Civil Veterinary Department Bengal reports 1923-33 - 1923-1933
Year: 1923
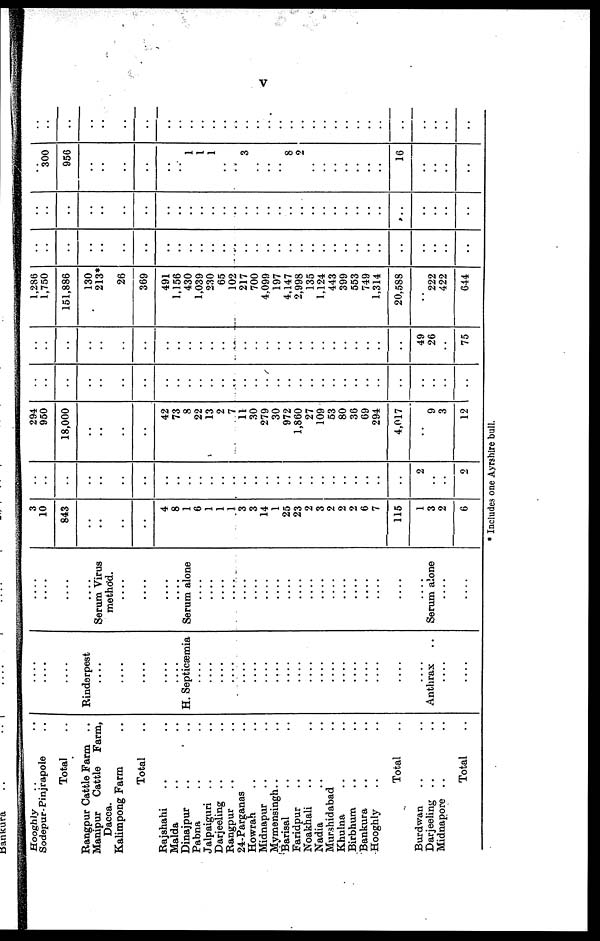
v
Hooghly .. ..
Sodepur-Pinjrapole ..
Total ..
Rangpur Cattle Farm
..
Manipur Cattle Farm,
Dacca.
Kalimpong Farm ..
Total ..
Rajshahi .. ..
Malda .. ..
Dinajpur .. ..
Pabna .. ..
Jalpaiguri .. ..
Darjeeling .. ..
Rangpur .. ..
24-Parganas ..
Howrah .. ..
Midnapur .. ..
Mymensingh .. ..
Barisal .. ..
Faridpur .. ..
Noakhali .. ..
Nadia .. ..
Murshidabad ..
Khulna .. ..
Birbhum .. ..
Bankura .. ..
Hooghly .. ..
Total ..
Burdwan .. ..
Darjeeling .. ..
Midnapore .. ..
Total ..
....
....
....
Rinderpest
....
....
....
....
H. Septicœmia
....
....
....
....
....
....
....
....
....
....
....
....
....
....
....
....
....
....
....
Anthrax ..
....
....
....
....
....
....
Serum Virus
method.
....
....
....
....
Serum alone
....
....
....
....
....
....
....
....
....
....
....
....
....
....
....
....
....
....
....
Serum alone
....
....
3
10
843
..
..
.. ..
..
4
8
1
6
1
1
1
3
3
14
1
25
23
2
3
2
2
2
6
7
115
1
3
2
6
..
..
..
..
..
.. ..
..
..
..
..
..
..
..
..
..
..
..
..
..
..
..
..
..
..
..
..
..
..
2
..
..
2
294
950
18,000
..
..
..
..
..
42
73
8
22
13
2
7
11
30
279
30
972
1,860
27
109
53
80
36
69
294
4,017
..
9
3
12
..
..
..
..
..
.. ..
..
..
..
..
..
..
..
..
..
..
..
..
..
..
..
..
..
..
..
..
..
..
..
..
..
..
..
..
..
..
..
.. ..
..
..
..
..
..
..
..
..
..
..
..
..
..
..
..
..
..
..
..
..
..
..
49
26
..
75
1,286
1,750
151,886
130
213*
..
26
369
491
1,156
430
1,039
230
65
102
217
700
4.099
197
4,147
2,998
135
1,124
443
399
553
749
1,314
20,588
..
222
422
644
..
..
..
..
..
.. ..
..
..
..
..
..
..
..
..
..
..
..
..
..
..
..
..
..
..
..
..
..
..
..
..
..
..
..
..
..
..
..
.. ..
..
..
..
..
..
..
..
..
..
..
..
..
..
..
..
..
..
..
..
..
..
..
..
..
..
..
..
300
956
..
..
.. ..
..
..
..
..
1
1
..
..
3
..
..
..
8
2
..
..
..
..
..
..
..
16
..
..
..
..
..
..
..
..
..
.. ..
..
..
..
..
..
..
..
..
..
..
..
..
..
..
..
..
..
..
..
..
..
..
..
..
..
..
* Includes one Ayrshire bull.